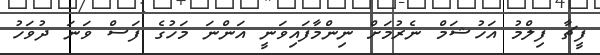
ފީޗާ ފިލްމު އަހުޝަމް ނެރުމަށް ނިންމާފައިވަނީ އަންނަ މަހުގެ ފަސް ވަނަ ދުވަހު